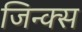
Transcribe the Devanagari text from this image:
जिन्क्स